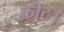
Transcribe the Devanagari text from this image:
फ़ीट।